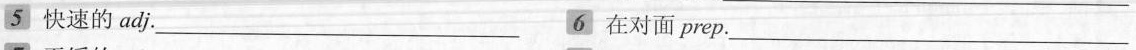
5快速的adj.___ 6在对面prep.___